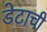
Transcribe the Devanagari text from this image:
डेटाची